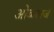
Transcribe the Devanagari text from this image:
ओळखजे